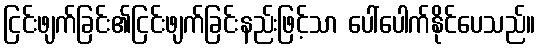
ငြင်းဖျက်ခြင်း၏ငြင်းဖျက်ခြင်းနည်းဖြင့်သာ ပေါ်ပေါက်နိုင်ပေသည်။